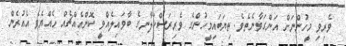
ވެރިވި މީހުންނަށް އަންގަވާނެތެވެ. ތިޔަބައިމީހުންގެ ވެރިރަސްކަލާނގެ ބާވައިލެއްވީ ކޮންއެއްޗެއް ހެއްޔެވެ އެއުރެން